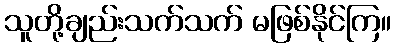
သူတို့ချည်းသက်သက် မဖြစ်နိုင်ကြ။